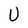
Character: U